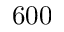
6 0 0